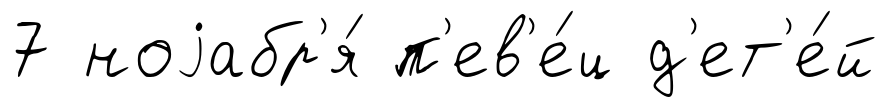
7 ноjабр'я́ п'ев'е́ц д'ет'е́й